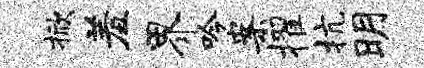
掀羞界吟案擢抗明